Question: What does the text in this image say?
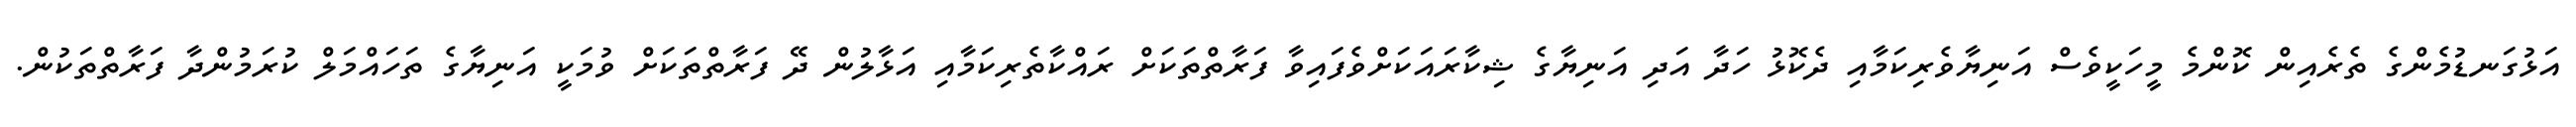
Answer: އަޅުގަނޑުމެންގެ ތެރެއިން ކޮންމެ މީހަކީވެސް އަނިޔާވެރިކަމާއި ދެކޮޅު ހަދާ އަދި އަނިޔާގެ ޝިކާރައަކަށްވެފައިވާ ފަރާތްތަކަށް ރައްކާތެރިކަމާއި އަޅާލުން ދޭ ފަރާތްތަކަށް ވުމަކީ އަނިޔާގެ ތަހައްމަލް ކުރަމުންދާ ފަރާތްތަކުން.